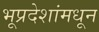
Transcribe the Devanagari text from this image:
भूप्रदेशांमधून